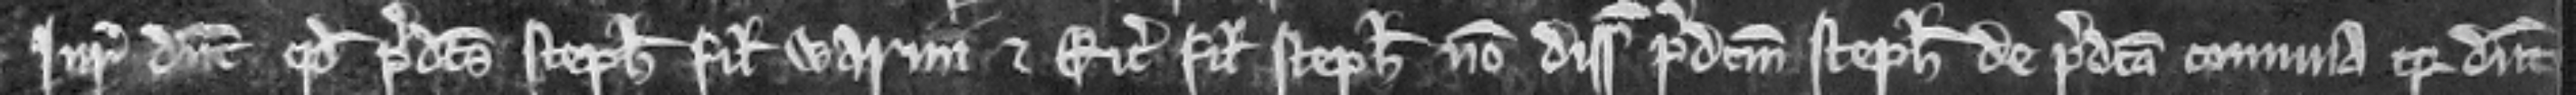
Juratores dicunt quod predictus Stephanus filius Warini et Ricardus filius Stephani non disseisiverunt predictum Stephanum de predicta communa quia dicunt